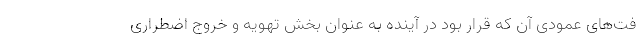
فت‌های عمودی آن که قرار بود در آینده به عنوان بخش تهویه و خروج اضطراری